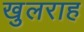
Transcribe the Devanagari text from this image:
खुलराह